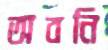
অবনি